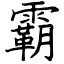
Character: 霸